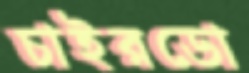
চাইরডো